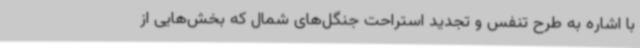
با اشاره به طرح تنفس و تجدید استراحت جنگل‌های شمال که بخش‌هایی از